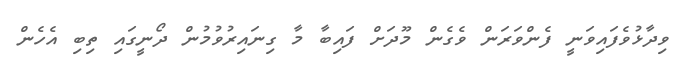
ވިދާޅުވެފައިވަނީ ފެންވަރަން ވެގެން މޫދަށް ފައިބާ މާ ގިނައިރުވުމުން ދޯނީގައި ތިބި އެހެން